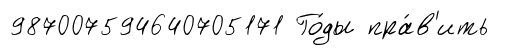
987007594640705171 Го́ды пра́в'ить